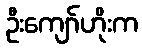
ဦးကျော်ဟိုးက